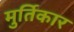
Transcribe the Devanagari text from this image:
मुर्तिकार